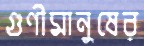
গুণীমানুষের